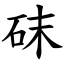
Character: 砞